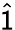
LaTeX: \widehat{\sf 1}